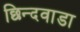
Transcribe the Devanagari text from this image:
छिन्दवाडा